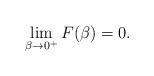
LaTeX: \begin{align*}\lim_{\beta\to0^+}F(\beta)=0.\end{align*}